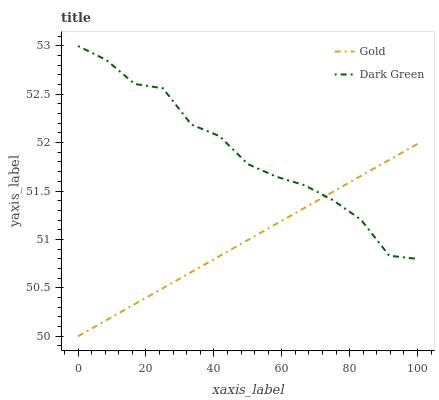
| xaxis_label | Gold | Dark Green |
 | --- | --- | --- |
 | 0 | 50 | 53 |
 | 8.33 | 50.2 | 52.9 |
 | 16.7 | 50.3 | 52.6 |
 | 25 | 50.5 | 52.6 |
 | 33.3 | 50.7 | 52.2 |
 | 41.7 | 50.8 | 52.1 |
 | 50 | 51 | 51.8 |
 | 58.3 | 51.2 | 51.6 |
 | 66.7 | 51.3 | 51.6 |
 | 75 | 51.5 | 51.4 |
 | 83.3 | 51.7 | 51.2 |
 | 91.7 | 51.8 | 50.8 |
 | 100 | 52 | 50.8 |